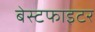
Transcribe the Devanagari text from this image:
बेस्टफाइटर